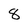
Character: 8